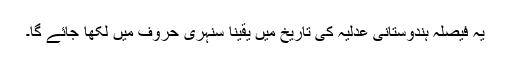
یہ فیصلہ ہندوستانی عدلیہ کی تاریخ میں یقیناً سنہری حروف میں لکھا جائے گا۔